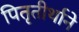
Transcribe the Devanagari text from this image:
पितृतीर्थाने